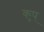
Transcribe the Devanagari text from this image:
कुप्